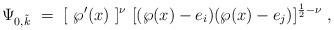
LaTeX: \begin{align*} \Psi_{0,\tilde k}\ =\ [\ \wp'(x)\ ]^{\nu}\ [(\wp(x) - e_i) (\wp(x) - e_j)]^{\frac{1}{2}-\nu}\ ,\end{align*}